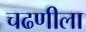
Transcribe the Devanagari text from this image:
चढणीला